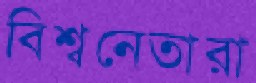
বিশ্বনেতারা